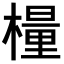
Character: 𣛀